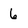
Character: 6